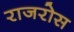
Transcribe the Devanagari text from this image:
राजरोस